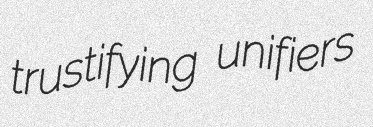
trustifying unifiers